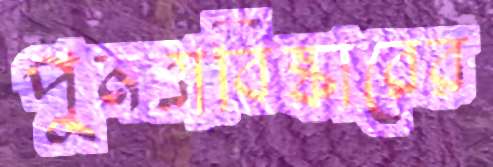
পুনরাবিষ্কারের